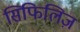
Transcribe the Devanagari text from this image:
सिफिलिज़